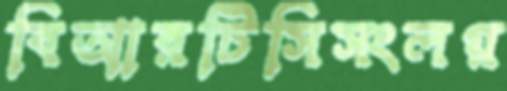
বিআরটিসিসংলগ্ন